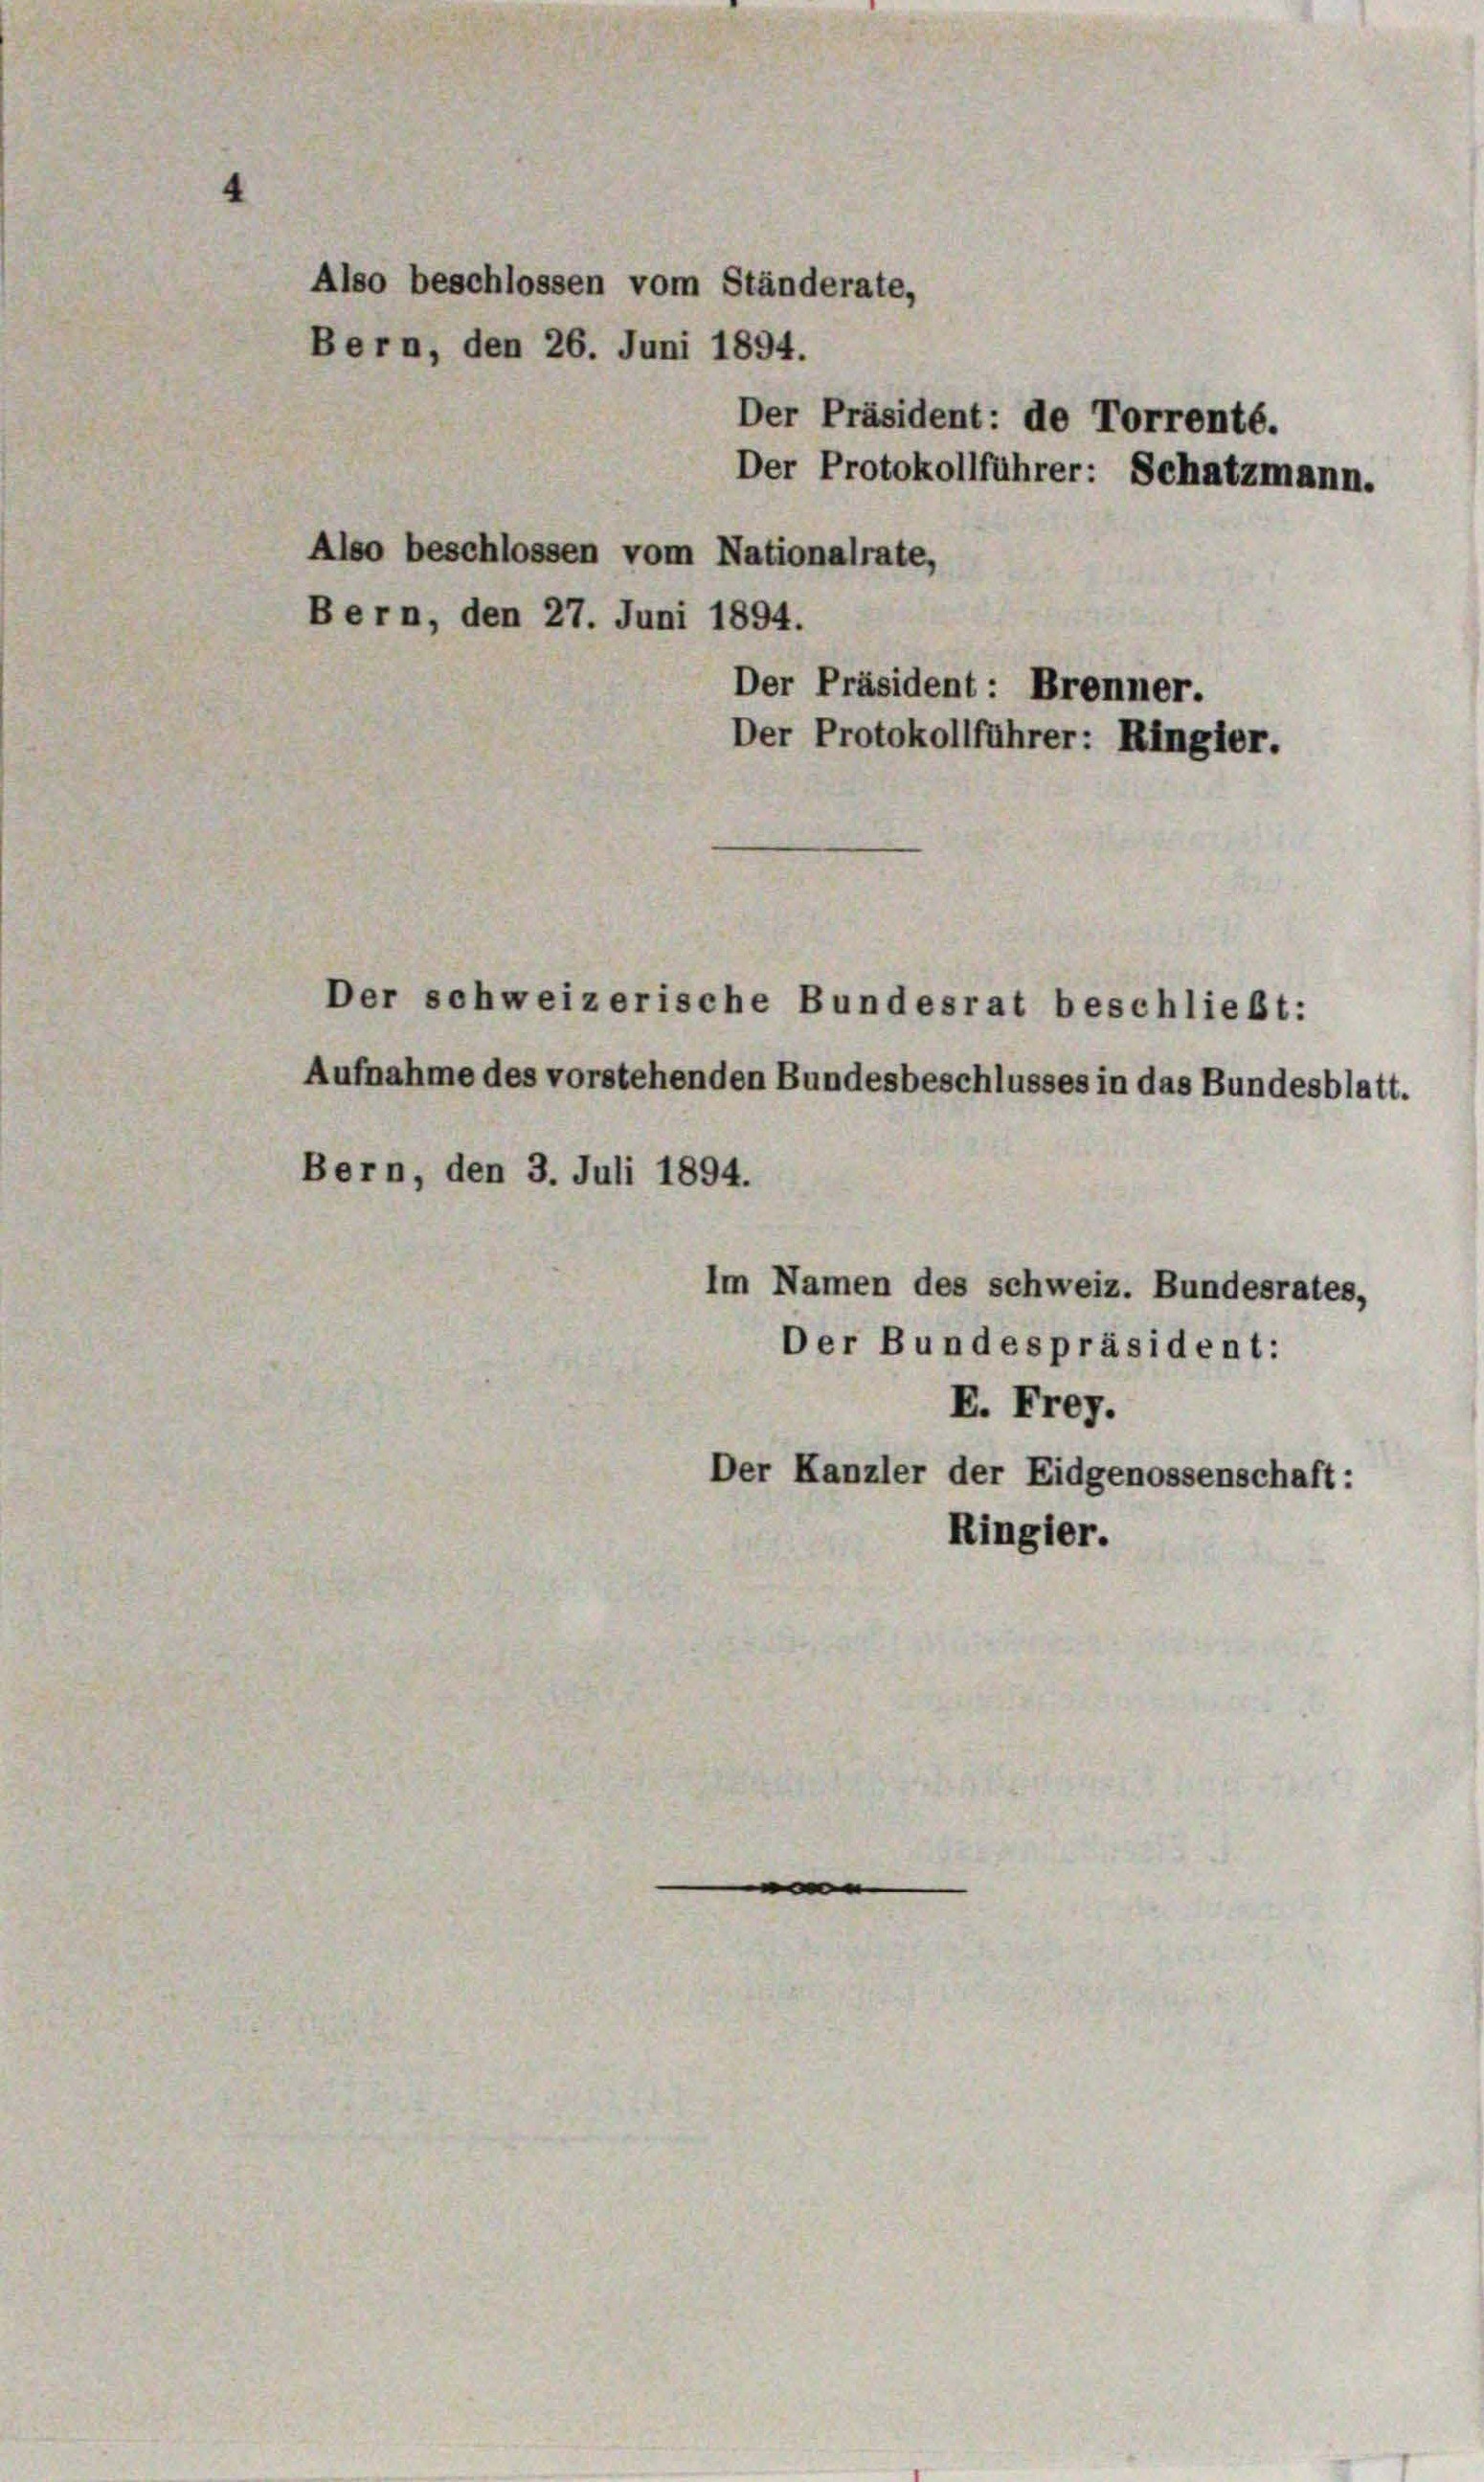
4

Also beschlossen vom Ständerate,
Bern, den 26. Juni 1894.

Also beschlossen vom Nationalrate,
Bern, den 27. Juni 1894.
Der schweizerische Bundesrat beschließt:
Aufnahme des vorstehenden Bundesbeschlusses in das Bundesblatt.
Bern, den 3. Juli 1894.
Im Namen des schweiz. Bundesrates,
Der Bundespräsident:
E. Frey.
Der Kanzler der Eidgenossenschaft:
Ringler.

Der Protokollführer: Schatzmann.

Der Präsident: de Torrenté.

Der Präsident: Brenner.
Der Protokollführer: Ringier.